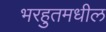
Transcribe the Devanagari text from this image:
भरहुतमधील